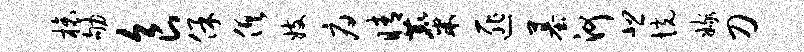
榱劬食保俱妓府睛麋匪墓河悲恍嫁刀